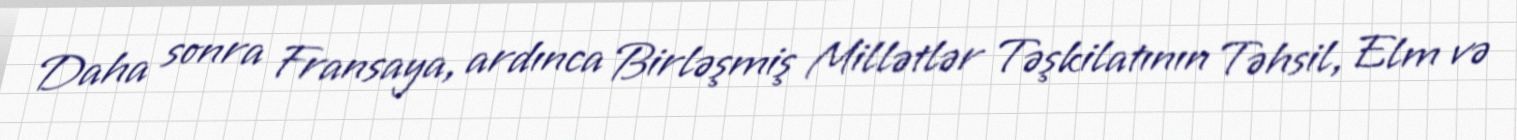
Daha sonra Fransaya, ardınca Birləşmiş Millətlər Təşkilatının Təhsil, Elm və